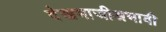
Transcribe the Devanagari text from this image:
देखभाजीअभावी